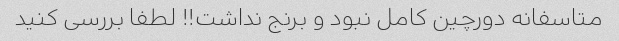
متاسفانه دورچین کامل نبود و برنج نداشت!! لطفا بررسی کنید